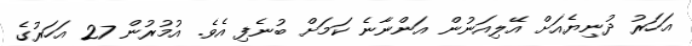
އަހަރު ދުނިޔެއަށް އޭލިއަނުން އަންނާނެ ކަމަށް ބުނެފި އެވެ. އުމުރުން 27 އަހަރުގެ